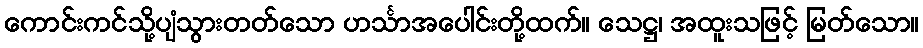
ကောင်းကင်သို့ပျံသွားတတ်သော ဟင်္သာအပေါင်းတို့ထက်။ သေဋ္ဌ၊ အထူးသဖြင့် မြတ်သော။